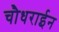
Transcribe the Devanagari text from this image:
चौधराईन